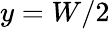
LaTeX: y=W/2